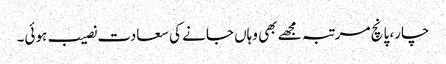
چار، پانچ مرتبہ مجھے بھی وہاں جانے کی سعادت نصیب ہوئی۔